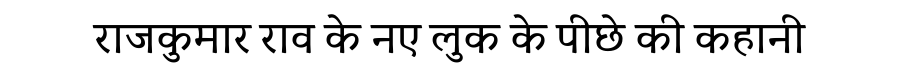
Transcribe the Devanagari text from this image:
राजकुमार राव के नए लुक के पीछे की कहानी